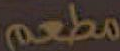
مطعم